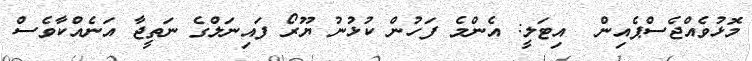
މޮޅުވެއްޖެސްޕެއިން  އިޓަލީ: އެންމެ ފަހުން ކުޅުނު ޔޫރޯ ފައިނަލްގެ ނަތީޖާ އަނެއްކާވެސް